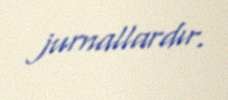
jurnallardır.